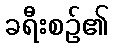
ခရီးစဉ်၏